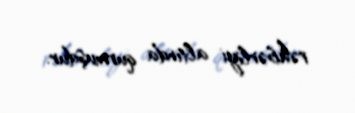
rəhbərliyi altında qurmuşdur.